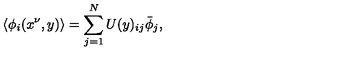
\langle \phi _ { i } ( x ^ { \nu } , y ) \rangle = \sum _ { j = 1 } ^ { N } U ( y ) _ { i j } \bar { \phi } _ { j } ,